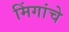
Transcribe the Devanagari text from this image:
मिंगांचे